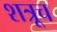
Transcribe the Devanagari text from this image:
शत्रूच